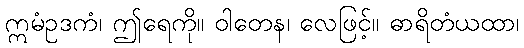
ဣမံဥဒကံ၊ ဤရေကို။ ဝါတေန၊ လေဖြင့်။ ဓာရိတံယထာ၊